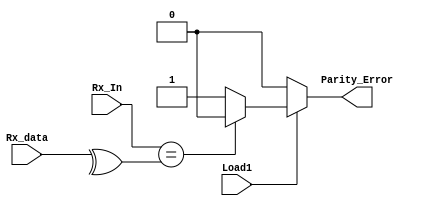
`timescale 1ns / 1ps
//////////////////////////////////////////////////////////////////////////////////
// Company: 
// Engineer: 
// 
// Design Name: 
// Module Name:    Parity_Checker 
// Project Name: 
// Target Devices: 
// Tool versions: 
// Description: 
//
// Dependencies: 
//
// Revision: 
// Revision 0.01 - File Created
// Additional Comments: 
//
//////////////////////////////////////////////////////////////////////////////////
module Parity_Checker(Parity_Error, Load1, Rx_In, Rx_data);

output reg Parity_Error;
input Load1, Rx_In;
input [31:0]Rx_data;

always@(*)
begin
	if(Load1)
	begin
		if(Rx_In == ^Rx_data) Parity_Error <= 1'b0;
		else Parity_Error <= 1'b1;
	end
	else
		Parity_Error <= 1'b0;
end
endmodule